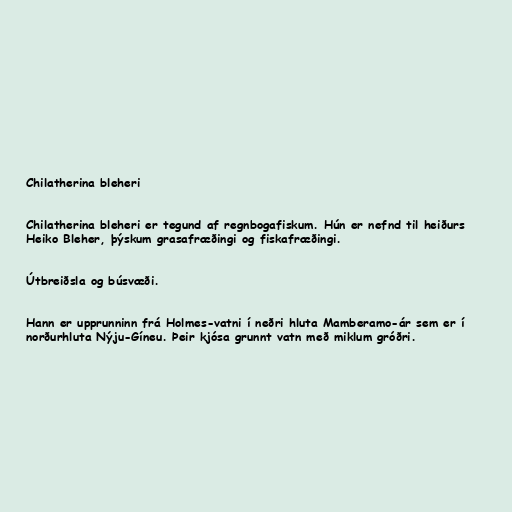
Chilatherina bleheri

Chilatherina bleheri er tegund af regnbogafiskum. Hún er nefnd til heiðurs
Heiko Bleher, þýskum grasafræðingi og fiskafræðingi.

Útbreiðsla og búsvæði.

Hann er upprunninn frá Holmes-vatni í neðri hluta Mamberamo-ár sem er í
norðurhluta Nýju-Gíneu. Þeir kjósa grunnt vatn með miklum gróðri.